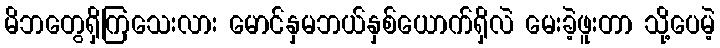
မိဘတွေရှိကြသေးလား မောင်နှမဘယ်နှစ်ယောက်ရှိလဲ မေးခဲ့ဖူးတာ သို့ပေမဲ့